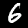
Digit: 6